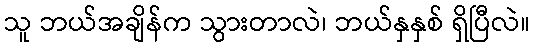
သူ ဘယ်အချိန်က သွားတာလဲ၊ ဘယ်နှနှစ် ရှိပြီလဲ။